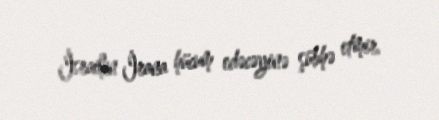
İsrailin İrana hücum edəcəyinə şübhə etmir.